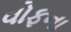
વોફના